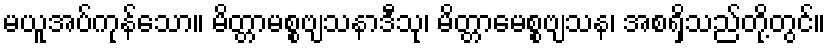
မယူအပ်ကုန်သော။ မိတ္တာမစ္စဗျသနာဒီသု၊ မိတ္တာမေစ္စဗျသန၊ အစရှိသည်တို့တွင်။